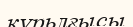
құрьлғысы